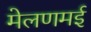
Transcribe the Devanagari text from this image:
मेलणमई